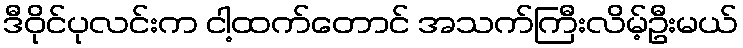
ဒီဝိုင်ပုလင်းက ငါ့ထက်တောင် အသက်ကြီးလိမ့်ဦးမယ်